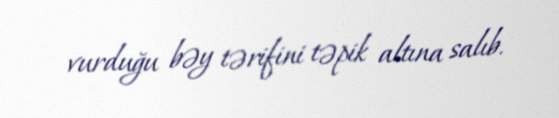
vurduğu bəy tərifini təpik altına salıb.